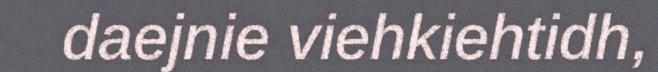
daejnie viehkiehtidh,